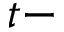
t -